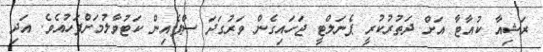
ރަޝިއާ ކުއާޓާ އަށް ދަތުރުކުރީ ޕެނަލްޓީ ޖަހައިގެން ވަރުގަދަ ސްޕެއިން ކަޓުވާލުމަށްފަހުއެވެ. އަދި